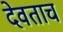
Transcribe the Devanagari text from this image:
देवताच